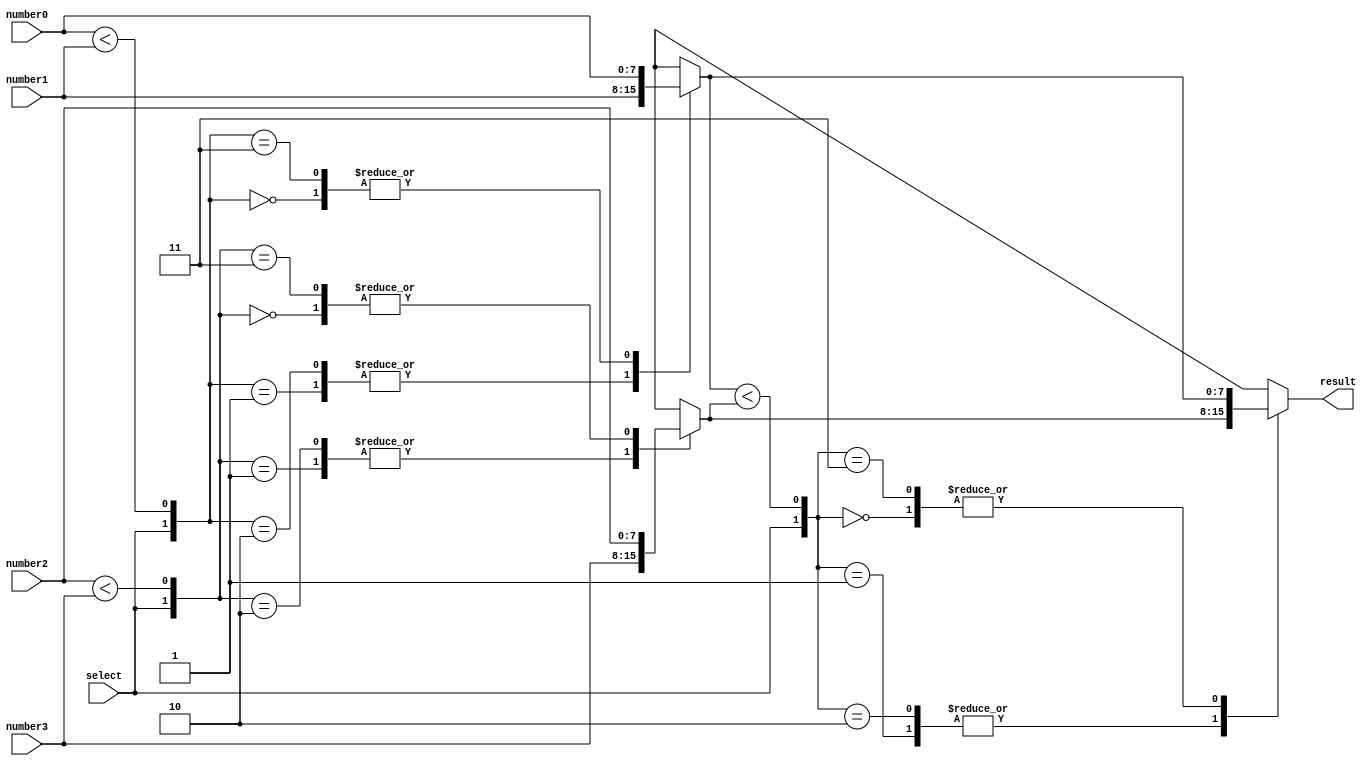
module MMS_4num(result, select, number0, number1, number2, number3);

input        select;
input  [7:0] number0;
input  [7:0] number1;
input  [7:0] number2;
input  [7:0] number3;
output [7:0] result; 

reg [7:0] result, mux0, mux1;
wire cmp0 = number0 < number1;
wire cmp1 = number2 < number3;
wire cmp2 = mux0 < mux1;

always @(*) begin
	case({select, cmp0})
		2'b00:mux0 = number0;
		2'b01:mux0 = number1;
		2'b10:mux0 = number1;
		2'b11:mux0 = number0;
	endcase
end

always @(*) begin
	case({select, cmp1})
		2'b00:mux1 = number2;
		2'b01:mux1 = number3;
		2'b10:mux1 = number3;
		2'b11:mux1 = number2;
	endcase
end

always @(*) begin
	case({select, cmp2})
		2'b00:result = mux0;
		2'b01:result = mux1;
		2'b10:result = mux1;
		2'b11:result = mux0;
	endcase
end

endmodule